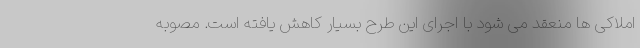
املاکی ها منعقد می شود با اجرای این طرح بسیار کاهش یافته است. مصوبه